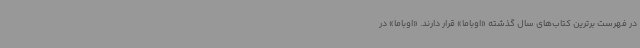
در فهرست برترین کتاب‌های سال گذشته «اوباما» قرار دارند. «اوباما» در